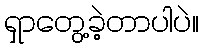
ရှာတွေ့ခဲ့တာပါပဲ။